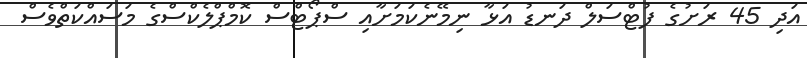
އަދި 45 ރަށުގެ ފުޓްސަލް ދަނޑު އަޅާ ނިމޭނެކަމަށާއި ސްޕޯޓްސް ކޮމްޕްލެކްސްގެ މަސައްކަތްވެސް